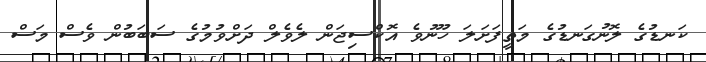
ކަނޑުގެ ލޮނުގަނޑުގެ މަތީފަށަލަ ހޫނުވެ އޮކްސިޖަން ލެވެލް ދަށްވުމުގެ ސަބަބުން ވެސް މަސް